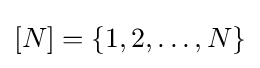
{\textstyle [N]=\left\{1,2,\dots ,N\right\}}